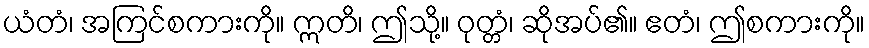
ယံတံ၊ အကြင်စကားကို။ ဣတိ၊ ဤသို့။ ဝုတ္တံ၊ ဆိုအပ်၏။ ဧတံ၊ ဤစကားကို။